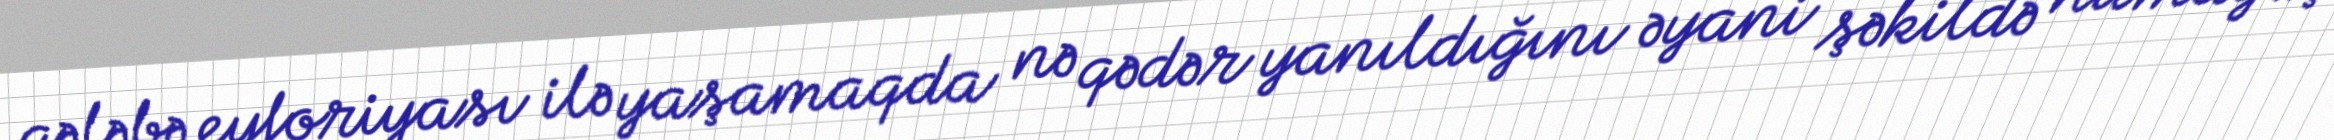
qələbə eyforiyası ilə yaşamaqda nə qədər yanıldığını əyani şəkildə nümayiş